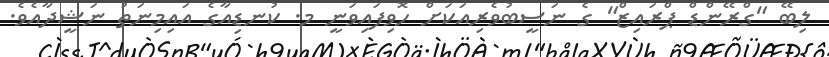
ލިބޭ "ގްރޭންޑް ޕްރައިޒް" ގެ ނަސީބުވެރިއަކަށް ހޮވިފައިވަނީ މ. ކުނޑިއާގެ އައިމިނަތު ނަޝީދާއެވެ.